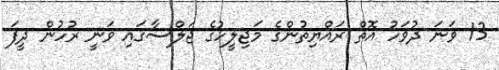
13 ވަނަ ދުވަހު އޮތް ރައްޔިތުންގެ މަޖިލީހުގެ ޖަލްސާގައި ވަނީ ރުހުން ދީފަ